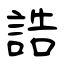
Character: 誥